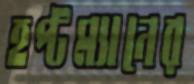
হপ্টম্যানের